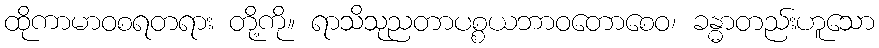
ထိုကာမာဝစရတရား တို့ကို။ ရာသိသုညတာပစ္စယဘာဝတောစေဝ၊ ခန္ဓာတည်းဟူသော